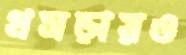
খসড়ায়ও